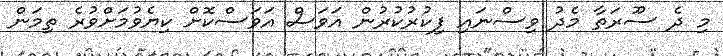
މި ދެ ސޫރަތާ މެދު ވިސްނައި ފިކުރުކުރުން އަވަސް އަވަސްކޮށް ކިޔެވުމަށްވުރެ ތިމަން